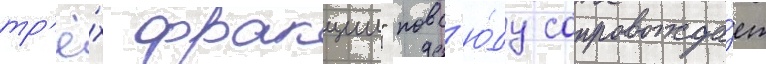
тр'ё́х фракции" повс'ю́ду сопровожда́ет